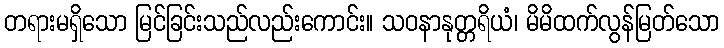
တရားမရှိသော မြင်ခြင်းသည်လည်းကောင်း။ သဝနာနုတ္တရိယံ၊ မိမိထက်လွန်မြတ်သော